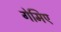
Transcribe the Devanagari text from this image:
गेमिए